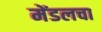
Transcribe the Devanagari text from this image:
मेंडलचा